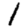
Digit: 1